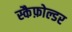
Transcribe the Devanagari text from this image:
स्कैफ़ोल्डर